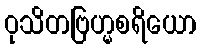
ဝုသိတဗြဟ္မစရိယော